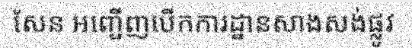
សែន អញ្ជើញបើកការដ្ឋានសាងសង់ផ្លូវ